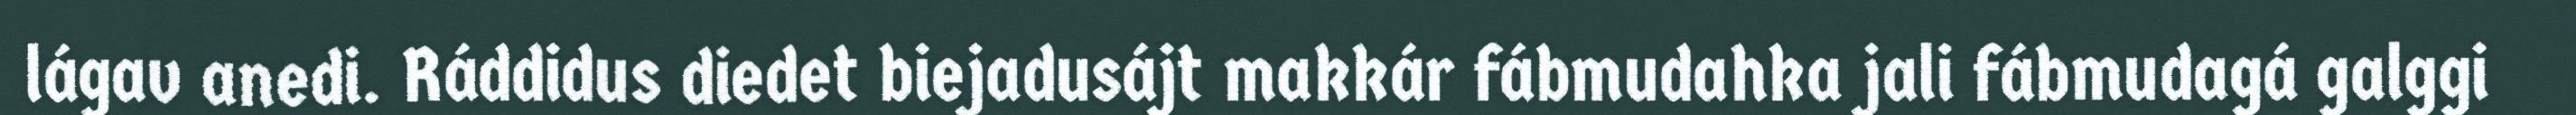
lágav anedi. Ráddidus diedet biejadusájt makkár fábmudahka jali fábmudagá galggi